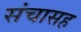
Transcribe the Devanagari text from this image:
संचासह